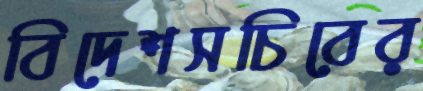
বিদেশসচিবের